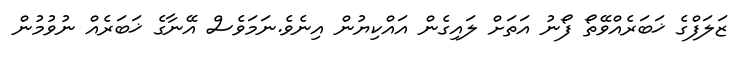
ޒަލަފްގެ ޚަބަރެއްވޭތޯ ފޯނު އަތަށް ލައިގެން އައްކިޔުން އިނެވެ.ނަމަވެސް އޭނާގެ ޚަބަރެއް ނުވުމުން